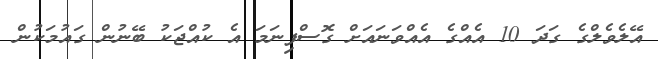
އޭލެވެލްގެ ގަދަ 10 އެއްގެ އެއްވަނައަށް ގޮސްފިނަމަ އެ ކުއްޖަކު ބޭނުން ގައުމަކުން